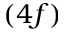
( 4 f )